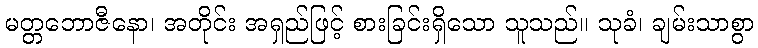
မတ္တဘောဇီနော၊ အတိုင်း အရှည်ဖြင့် စားခြင်းရှိသော သူသည်။ သုခံ၊ ချမ်းသာစွာ